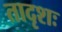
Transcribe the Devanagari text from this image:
तादृशः